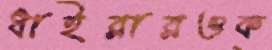
ধাইরারওক্